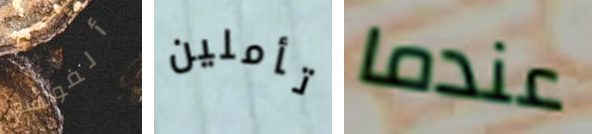
ألفونسو تأملين عندما